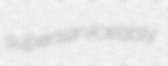
superserviceably